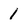
Character: 1